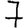
Digit: 7